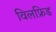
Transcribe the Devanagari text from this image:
विलफ्रिड